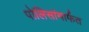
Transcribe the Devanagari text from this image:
पोलिसांमार्फत